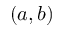
( a , b )